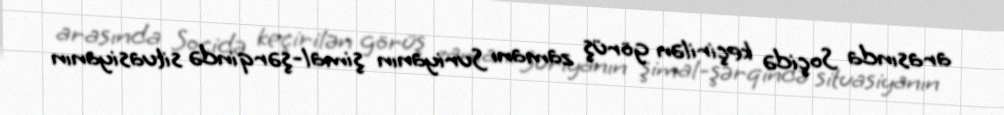
arasında Soçidə keçirilən görüş zamanı Suriyanın şimal-şərqində situasiyanın